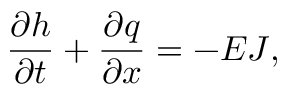
\frac { \partial h } { \partial t } + \frac { \partial q } { \partial x } = - E J ,